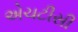
એચટીસી